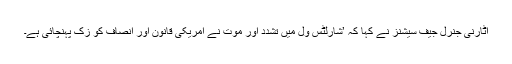
اٹارنی جنرل جیف سیشنز نے کہا کہ ’شارلٹس ول میں تشدد اور موت نے امریکی قانون اور انصاف کو زک پہنچائی ہے۔